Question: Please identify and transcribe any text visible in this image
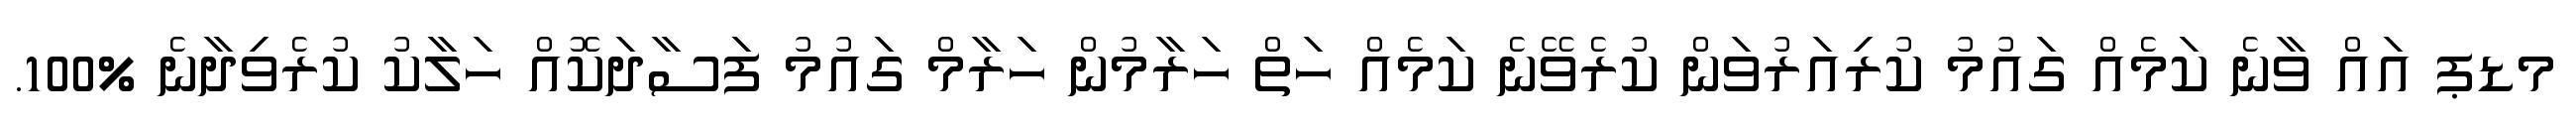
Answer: މޑޕ އައް ވާނެ ކަމެއް ގައުމު ކުރިއަރުވަން ކުރެވޭނެ ކަމެއް ހަތް ހަރާމުން ހަރާމް ގައުމު ފަސާދަކޮއް ހަލާކު ކުރެވިދާނެ %100.